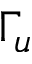
\Gamma _ { u }